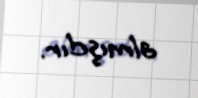
almışdır.